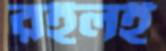
রইলই